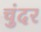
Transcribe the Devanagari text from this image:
चुंदर